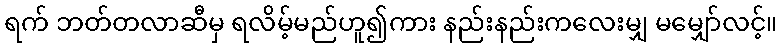
ရက် ဘတ်တလာဆီမှ ရလိမ့်မည်ဟူ၍ကား နည်းနည်းကလေးမျှ မမျှော်လင့်။